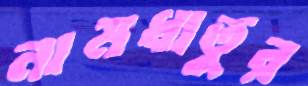
নামধাতুর